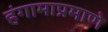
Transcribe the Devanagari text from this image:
हंगामाप्रमाणे